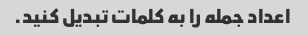
اعداد جمله را به کلمات تبدیل کنید.